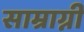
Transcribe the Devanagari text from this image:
साम्राग्नी